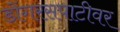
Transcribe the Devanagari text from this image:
डोंगरसपाटीवर